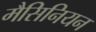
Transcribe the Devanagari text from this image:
मैसिनियन